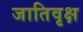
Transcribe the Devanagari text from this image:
जातिवृक्ष